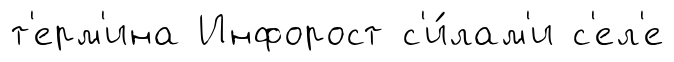
т'ерм'ина Инфорост с'и́лам'и с'ел'е